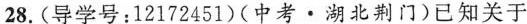
28.(导学号：12172451)(中考▪ 湖北荆门)已知关于